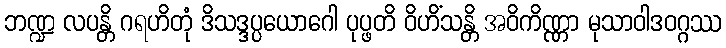
ဘဏ္ဍ လပန္တိ ဂရဟိတုံ ဒိသဒ္ဒပ္ပယောဂေါ ပုပ္ဖတိ ဝိဟိံသန္တိ အဝိကိဏ္ဏာ မုသာဝါဒဝဂ္ဂဿ